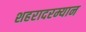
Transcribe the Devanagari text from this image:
शहरादरम्यान